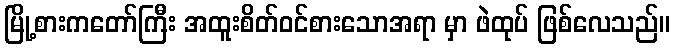
မြို့စားကတော်ကြီး အထူးစိတ်ဝင်စားသောအရာ မှာ ဖဲထုပ် ဖြစ်လေသည်။